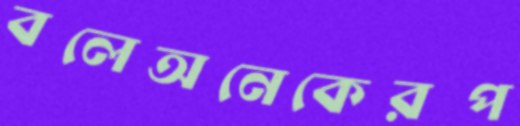
বলেঅনেকেরপ